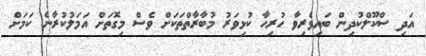
އަދި ސްކޫލްކުދިން ބައިވެރިވާ ހުރިހާ ކުޅިވަރު މުބާރާތްތަކަށް ވެސް މިގޮތަށް އަމަލުކުރާނެ ކަމަށް